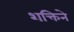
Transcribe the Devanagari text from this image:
शक्तिने